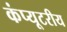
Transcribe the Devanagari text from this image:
कंप्यूटरीय